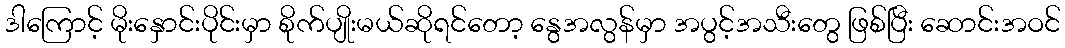
ဒါကြောင့် မိုးနှောင်းပိုင်းမှာ စိုက်ပျိုးမယ်ဆိုရင်တော့ နွေအလွန်မှာ အပွင့်အသီးတွေ ဖြစ်ပြီး ဆောင်းအဝင်